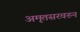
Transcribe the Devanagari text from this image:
अमृतसरवरुन